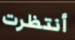
أنتظرت